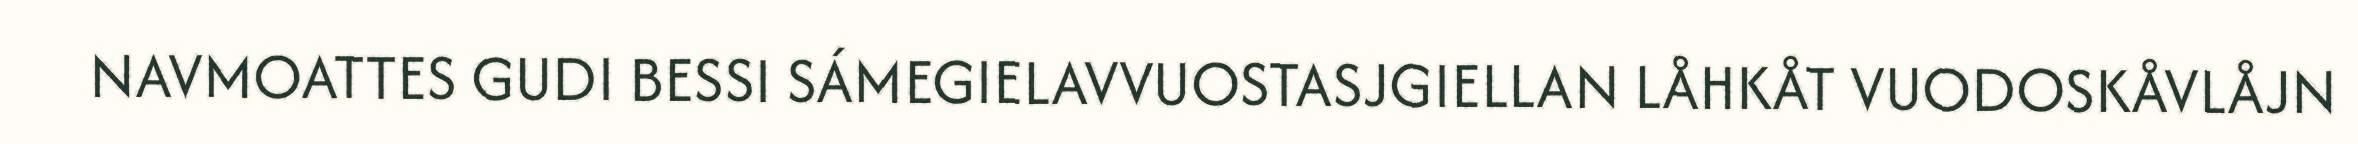
NAVMOATTES GUDI BESSI SÁMEGIELAVVUOSTASJGIELLAN LÅHKÅT VUODOSKÅVLÅJN